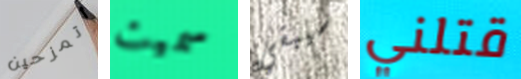
أتمزحين سميت سيبقي قتلني